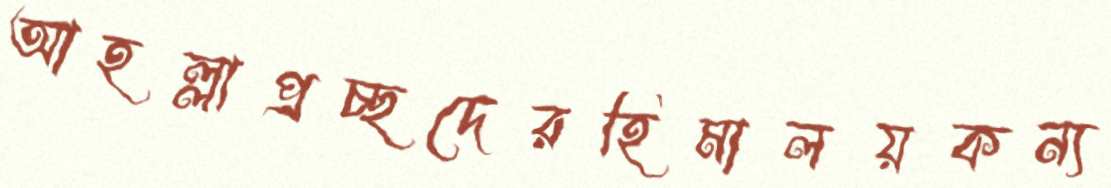
আহল্লাপ্রচ্ছদেরহিমালয়কন্য